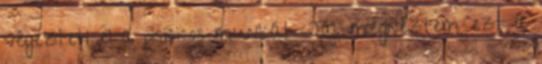
végezteti el a piszkos munkát. Jaj, megnéztem ezt a